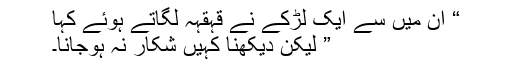
“ ان میں سے ایک لڑکے نے قہقہہ لگاتے ہوئے کہا
” لیکن دیکھنا کہیں شکار نہ ہوجانا۔